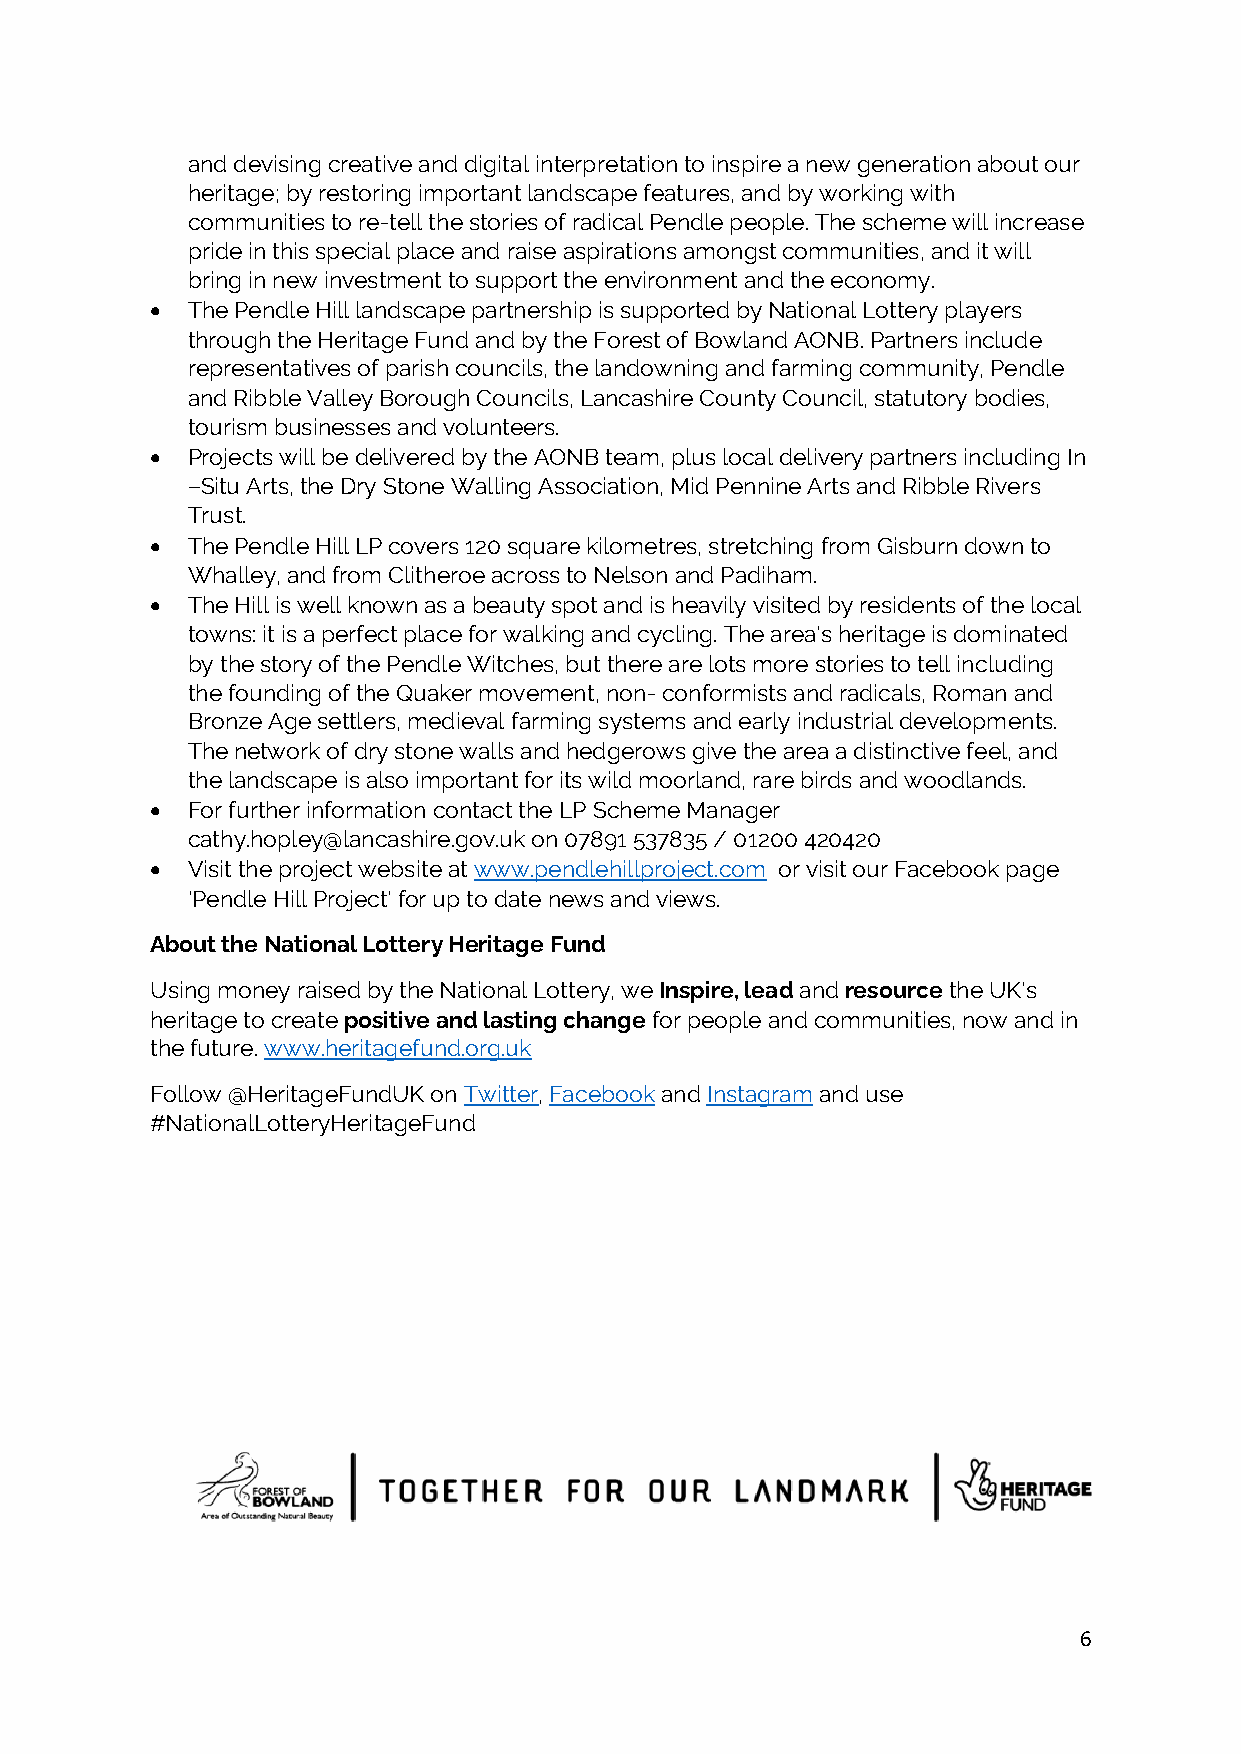
and devising creative and digital interpretation to inspire a new generation about our
 heritage; by restoring important landscape features, and by working with
 communities to re-tell the stories of radical Pendle people. The scheme will increase
 pride in this special place and raise aspirations amongst communities, and it will
 bring in new investment to support the environment and the economy.
 • The Pendle Hill landscape partnership is supported by National Lottery players
 through the Heritage Fund and by the Forest of Bowland AONB. Partners include
 representatives of parish councils, the landowning and farming community, Pendle
 and Ribble Valley Borough Councils, Lancashire County Council, statutory bodies,
 tourism businesses and volunteers.
 • Projects will be delivered by the AONB team, plus local delivery partners including In
 –Situ Arts, the Dry Stone Walling Association, Mid Pennine Arts and Ribble Rivers
 Trust.
 • The Pendle Hill LP covers 120 square kilometres, stretching from Gisburn down to
 Whalley, and from Clitheroe across to Nelson and Padiham.
 • The Hill is well known as a beauty spot and is heavily visited by residents of the local
 towns: it is a perfect place for walking and cycling. The area's heritage is dominated
 by the story of the Pendle Witches, but there are lots more stories to tell including
 the founding of the Quaker movement, non- conformists and radicals, Roman and
 Bronze Age settlers, medieval farming systems and early industrial developments.
 The network of dry stone walls and hedgerows give the area a distinctive feel, and
 the landscape is also important for its wild moorland, rare birds and woodlands.
 • For further information contact the LP Scheme Manager
 cathy.hopley@lancashire.gov.uk on 07891 537835 / 01200 420420
 • Visit the project website at www.pendlehillproject.com or visit our Facebook page
 'Pendle Hill Project' for up to date news and views.
 About the National Lottery Heritage Fund
 Using money raised by the National Lottery, we Inspire, lead and resource the UK's
 heritage to create positive and lasting change for people and communities, now and in
 the future. www.heritagefund.org.uk
 Follow @HeritageFundUK on Twitter, Facebook and Instagram and use
 #NationalLotteryHeritageFund
 6